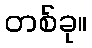
တစ်ခု။